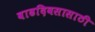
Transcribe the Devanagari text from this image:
वाढदिवसासाठी